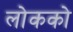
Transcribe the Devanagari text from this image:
लोकको